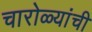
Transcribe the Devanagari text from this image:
चारोळ्यांची